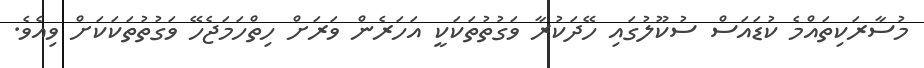
މުސާރަކިތައްމެ ކުޑައަސް ސުކޫލުގައި ހޭދަކުރާ ވަގުތުތަކަކީ އަހަރެން ވަރަށް ހިތްހަމަޖެހޭ ވަގުތުތަކަކަށް ވިއެވެ.